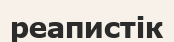
реапистік